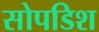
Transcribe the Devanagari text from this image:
सोपडिश